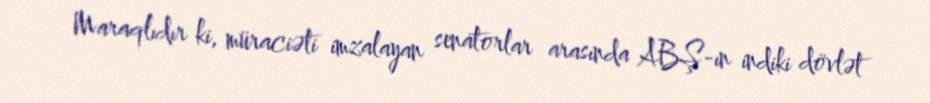
Maraqlıdır ki, müraciəti imzalayan senatorlar arasında ABŞ-ın indiki dövlət